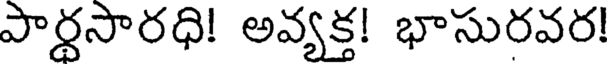
పార్థసారధి! అవ్యక్త! భాసురవర!